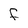
Character: F